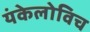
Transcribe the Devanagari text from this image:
यंकेलोविच